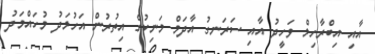
އާއި އިބްރާހިމް ވަހީދު އާއި ސަރަނގު އާދަމް މަނިކުގެ އިތުރުން އަހުމަދު މުހައްމަދު